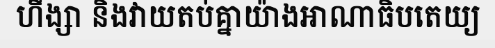
ហឹង្សា និងវាយតប់គ្នាយ៉ាងអាណាធិបតេយ្យ